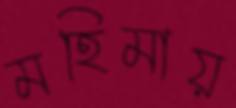
মহিমায়